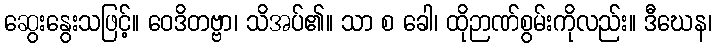
ဆွေးနွေးသဖြင့်။ ဝေဒိတဗ္ဗာ၊ သိအပ်၏။ သာ စ ခေါ၊ ထိုဉာဏ်စွမ်းကိုလည်း။ ဒီဃေန၊